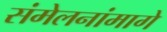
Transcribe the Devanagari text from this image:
संमेलनांमागे